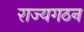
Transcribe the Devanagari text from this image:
राज्यगठन